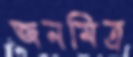
জনমিত্র